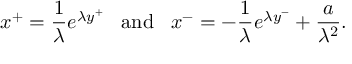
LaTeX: x ^ { + } = { \frac { 1 } { \lambda } } e ^ { \lambda y ^ { + } } \; \; \; \mathrm { a n d } \; \; \; x ^ { - } = - { \frac { 1 } { \lambda } } e ^ { \lambda y ^ { - } } + { \frac { a } { \lambda ^ { 2 } } } .